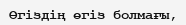
Өгіздің өгіз болмағы,